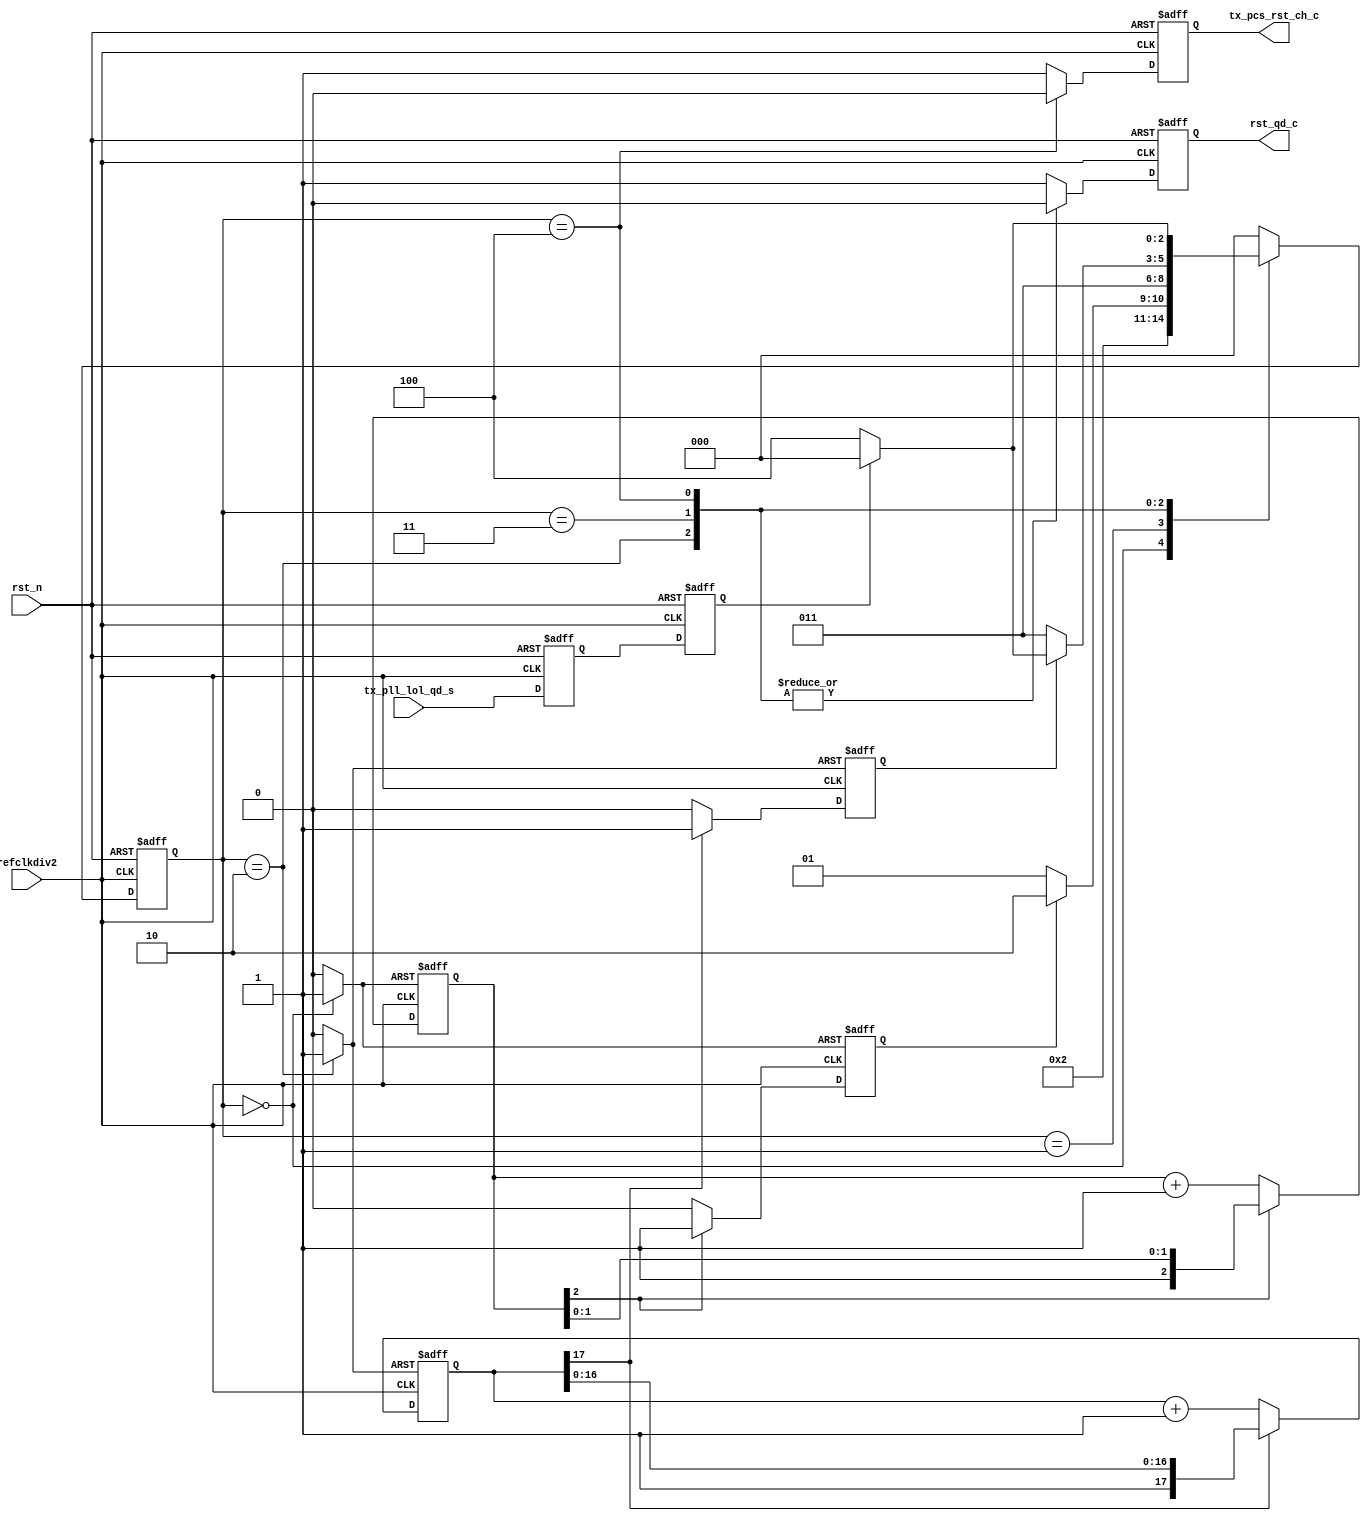
`timescale 1ns/1ps
//THIS MODULE IS INSTANTIATED PER TX  QUAD

module tx_reset_sm
(
input        refclkdiv2,
input        rst_n,
input        tx_pll_lol_qd_s,
                                                                                              
output   reg    tx_pcs_rst_ch_c,      //TX Lane Reset (modified to have one bit)
output   reg    rst_qd_c          // QUAD Reset
);
                                                                                              
                                                                                              
parameter count_index = 17;
                                                                                              
                                                                                              
// States of LSM
localparam   QUAD_RESET      = 0,
             WAIT_FOR_TIMER1       = 1,
             CHECK_PLOL       = 2,
             WAIT_FOR_TIMER2       = 3,
             NORMAL    = 4;
                                                                                              
localparam STATEWIDTH =3;
// Flop variables
reg [STATEWIDTH-1:0]    cs /*synthesis syn_encoding="safe, gray"*/;               // current state of lsm
                                                                                              
                                                                                              
// Combinational logic variables
reg [STATEWIDTH-1:0]    ns;               // next state of lsm
                                                                                              
reg tx_pll_lol_qd_s_int;
reg tx_pll_lol_qd_s_int1;
reg    [3:0]   tx_pcs_rst_ch_c_int;      //TX Lane Reset
reg       rst_qd_c_int;          // QUAD Reset
                                                                                              
                                                                                              
                                                                                              
                                                                                              
//SEQUENTIAL
always @(posedge refclkdiv2 or negedge rst_n)
   begin
   if (rst_n == 1'b0)
      begin
      cs                     <= QUAD_RESET;
      tx_pll_lol_qd_s_int    <= 1;
      tx_pll_lol_qd_s_int1   <= 1;
      tx_pcs_rst_ch_c        <= 1'b1;
      rst_qd_c               <= 1;
      end
   else
      begin
      cs <= ns;
      tx_pll_lol_qd_s_int1   <= tx_pll_lol_qd_s;
      tx_pll_lol_qd_s_int    <= tx_pll_lol_qd_s_int1;
      tx_pcs_rst_ch_c        <= tx_pcs_rst_ch_c_int[0];
      rst_qd_c               <= rst_qd_c_int;
      end
   end
                                                                                              
//
reg reset_timer1, reset_timer2;
                                                                                              
                                                                                              
//TIMER1 = 20ns;
//Fastest REFLCK =312 MHZ, or 3 ns. We need 8 REFCLK cycles or 4 REFCLKDIV2 cycles
// A 2 bit counter ([1:0]) counts 4 cycles, so a 3 bit ([2:0]) counter will do if we set TIMER1 = bit[2]
localparam TIMER1WIDTH=3;
reg [TIMER1WIDTH-1:0] counter1;
reg TIMER1;
                                                                                              
always @(posedge refclkdiv2 or posedge reset_timer1)
   begin
   if (reset_timer1)
      begin
      counter1 <= 0;
      TIMER1 <= 0;
      end
   else
      begin
      if (counter1[2] == 1)
         TIMER1 <=1;
      else
         begin
         TIMER1 <=0;
         counter1 <= counter1 + 1 ;
         end
      end
   end
                                                                                              
//TIMER2 = 1,400,000 UI;
//WORST CASE CYCLES is with smallest multipier factor.
// This would be with X8 clock multiplier in DIV2 mode
// IN this casse, 1 UI = 2/8 REFCLK  CYCLES = 1/8 REFCLKDIV2 CYCLES
// SO 1,400,000 UI =1,400,000/8 = 175,000 REFCLKDIV2 CYCLES
// An 18 bit counter ([17:0]) counts 262144 cycles, so a 19 bit ([18:0]) counter will do if we set TIMER2 = bit[18]
                                                                                              
//localparam TIMER2WIDTH=19;

//1,400,000 * 400 ps / 20 ns = 28000
// so a 16 bit counter is enough
localparam TIMER2WIDTH=18;
reg [TIMER2WIDTH-1:0] counter2;
reg TIMER2;
                                                                                              
always @(posedge refclkdiv2 or posedge reset_timer2)
   begin
   if (reset_timer2)
      begin
      counter2 <= 0;
      TIMER2 <= 0;
      end
   else
      begin
//    `ifdef   SIM   //IF SIM parameter is set, define lower value
//          //TO SAVE SIMULATION TIME
//    if (counter2[4] == 1)
//    `else
//    if (counter2[18] == 1)
//    `endif
      if (counter2[count_index] == 1)
         TIMER2 <=1;
      else
         begin
         TIMER2 <=0;
         counter2 <= counter2 + 1 ;
         end
      end
   end
                                                                                              
                                                                                              
always @(*)
   begin : NEXT_STATE
   reset_timer1 = 0;
   reset_timer2 = 0;
         case (cs)
                                                                                              
            QUAD_RESET: begin
               tx_pcs_rst_ch_c_int = 4'hF;
               rst_qd_c_int = 1;
               reset_timer1 = 1;
               ns = WAIT_FOR_TIMER1;
               end
                                                                                              
            WAIT_FOR_TIMER1: begin
               tx_pcs_rst_ch_c_int = 4'hF;
               rst_qd_c_int = 1;
               if (TIMER1)
                  ns = CHECK_PLOL;
               else
                  ns = WAIT_FOR_TIMER1;
            end
                                                                                              
            CHECK_PLOL: begin
               tx_pcs_rst_ch_c_int = 4'hF;
               rst_qd_c_int = 0;
               reset_timer2 = 1;
               ns = WAIT_FOR_TIMER2;
            end
                                                                                              
            WAIT_FOR_TIMER2: begin
               tx_pcs_rst_ch_c_int = 4'hF;
               rst_qd_c_int = 0;
               if (TIMER2)
                  if (tx_pll_lol_qd_s_int)
                     ns = QUAD_RESET;
                  else
                     ns = NORMAL;
               else
                     ns = WAIT_FOR_TIMER2;
            end
                                                                                              
            NORMAL: begin
               tx_pcs_rst_ch_c_int = 4'h0;
               rst_qd_c_int = 0;
               if (tx_pll_lol_qd_s_int)
                  ns = QUAD_RESET;
               else
                  ns = NORMAL;
            end
                                                                                              
                                                                                              
                                                                                              
            // prevent lockup in undefined state
            default: begin
               tx_pcs_rst_ch_c_int = 4'hF;
               rst_qd_c_int = 1;
               ns = QUAD_RESET;
            end
         endcase // case
                                                                                              
   end //NEXT_STATE
                                                                                              
endmodule